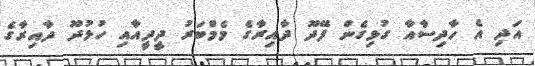
އަދި އެ ހާދިސާއާ ގުޅިގެން ފޭދޫ ދާއިރާގެ މެމްބަރު ދީދީއާއި ހުޅުދޫ ދާއިރާގެ